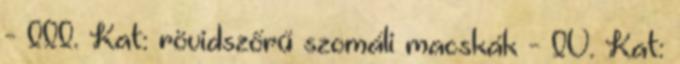
- III. Kat: rövidszőrű szomáli macskák - IV. Kat: